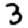
Digit: 3